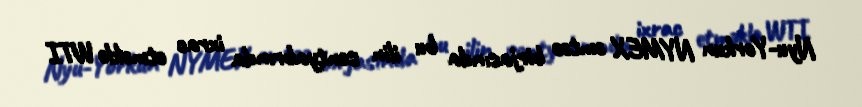
Nyu-Yorkun NYMEX əmtəə birjasında bu ilin sentyabrında ixrac etməklə WTI